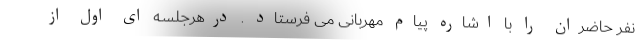
نفر حاضران را با اشاره پیام مهربانی می فرستاد . درهرجلسه ای اول از